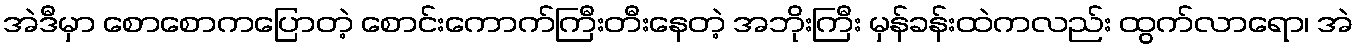
အဲဒီမှာ စောစောကပြောတဲ့ စောင်းကောက်ကြီးတီးနေတဲ့ အဘိုးကြီး မှန်ခန်းထဲကလည်း ထွက်လာရော၊ အဲ